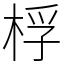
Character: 桴